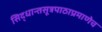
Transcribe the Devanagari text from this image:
सिद्धान्तसूत्रपाठाप्रमाणेच